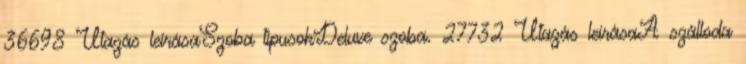
36698 Utazás leírásaSzoba típusokDeluxe szoba. 27732 Utazás leírásaA szálloda